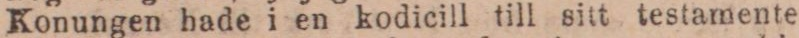
Konungen hade i en kodicill till sitt testamente